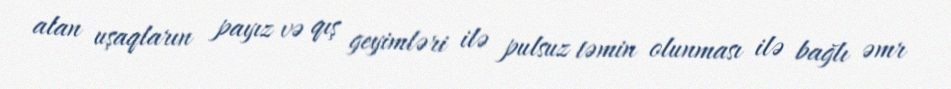
alan uşaqların payız və qış geyimləri ilə pulsuz təmin olunması ilə bağlı əmr